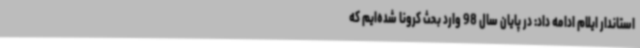
استاندار ایلام ادامه داد: در پایان سال 98 وارد بحث کرونا شده‌ایم که